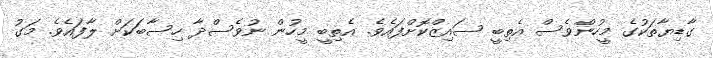
ގާޑިޔާތަކުގެ މީހުންވެސް އެތިބީ ސައިޒްކޮށްފައެވެ. އެތިބީ މީހުން ނުވެސްދާ ހިސާބަކަށް ލާފައެވެ. މަގު